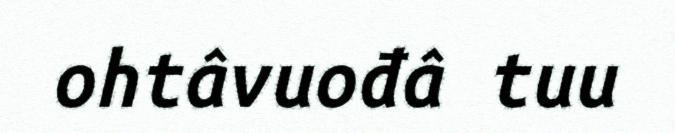
ohtâvuođâ tuu